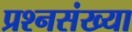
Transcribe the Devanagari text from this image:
प्रश्नसंख्या